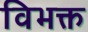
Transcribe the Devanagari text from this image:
विभक्त